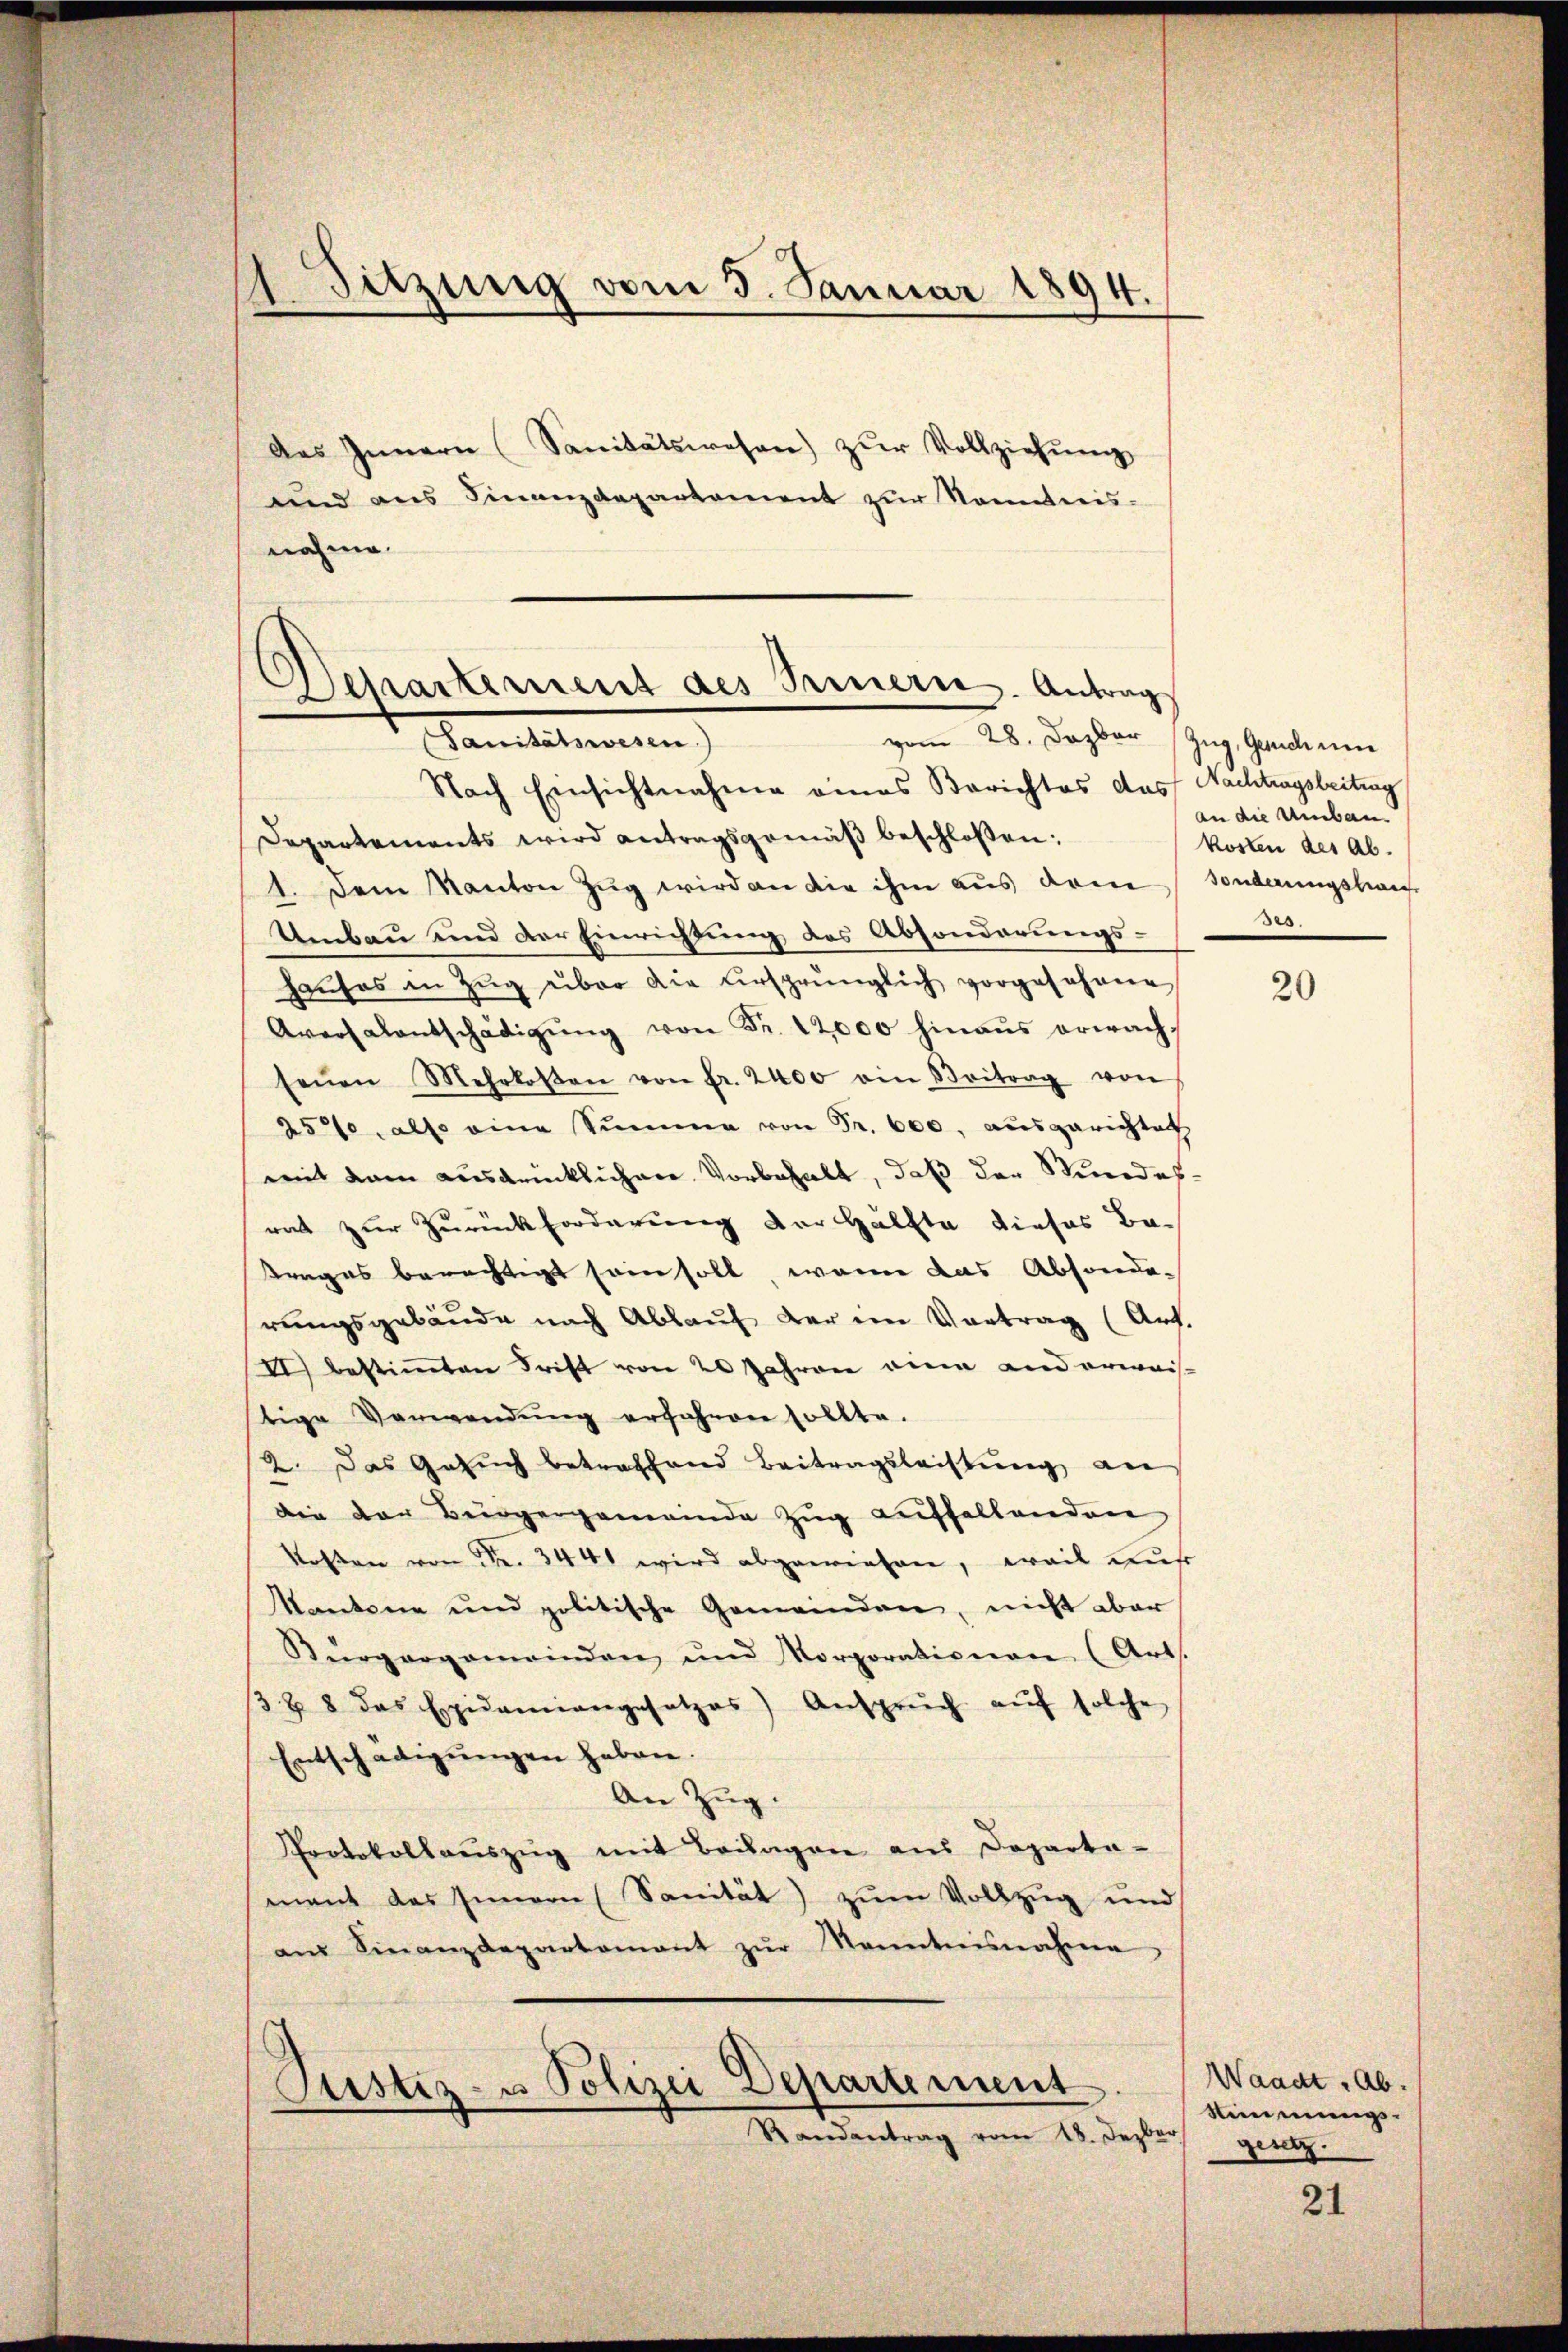
Sitzung vom 3. Januar 1894.

Das Innern (Sanitätswesen) zŭr Vollziehŭng
und aus Finanzdepartement zur Kenntnis-
nahme.

Departement des Innern. Antrag
vom 28. Dezbor (Zug, Gende um
Ganeleman
Nach Einsichtnahme eines Berichtes das Nachtragsbeitung

Departements wird antragsgemäβ beschlossen:
1. Dem Kanton Zŭg wird an die ihm aus deine sonderungskauf
Umbau und der Einrichtung des Absonderungs-
haŭses in Zŭg über die ursprünglich vorgesehene
Aversalentschädigŭng von Fr. 12,000 hinaus erwachseŭen Mehrkosten von fr. 2400 ein Beitrag von
25, also eine Summe von Fr. 600, ausgerichtet
mit dem ausdrücklichen Vorbehalt, daß der Wundesrat zur Zurückforderung der Hälfte dieses Be-
trages berechtigt sein soll, wenn das Absonderungsgebäude nach Ablauf der im Vortrag (Art.
II.) bestimmten Frist von 20 Jahren eine und erwaistige Verwendŭng erfahren sollte.
2. Das Gesŭch betreffend Beitragsleistŭng an
die der Bürgergemeinde Zug auffallenden
Kosten von Fr. 3441 wird abgewiesen, weil zur
Kantone und politische Gemeinden, nicht aber
Bürgergemeindenz und Korporationare (Art.
3 & 8 das Epidemiangesetzes) Ansprŭch aŭf solche
Entschädigungen haben.
An Zŭg.
Protokollauszug mit Beilagen aus Departa-
mant das Innern (Sanität) zum Vollzug und
am Finanzdepartamant zŭr Kenntnisnahmen

Justiz- u Polizei Departement
Randantrag vom 18. Dezbr. gesetz

an die Umbau
kosten des Ab.
.

20

Waadt, Ab.
Stimmungs¬

21